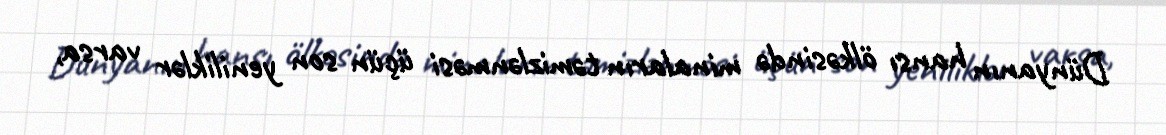
Dünyanın hansı ölkəsində minaların təmizlənməsi üçün son yeniliklər varsa,